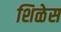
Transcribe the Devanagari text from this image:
शिळेस